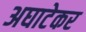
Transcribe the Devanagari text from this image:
अघाटेकर